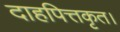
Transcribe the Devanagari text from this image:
दाहपित्तकृत।